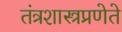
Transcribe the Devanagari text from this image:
तंत्रशास्त्रप्रणेते